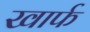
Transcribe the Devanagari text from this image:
खार्फ